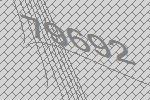
79692